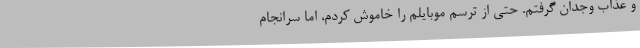
و عذاب وجدان گرفتم. حتی از ترسم موبایلم را خاموش کردم، اما سرانجام